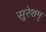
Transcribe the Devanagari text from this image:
सुरेशम्‌